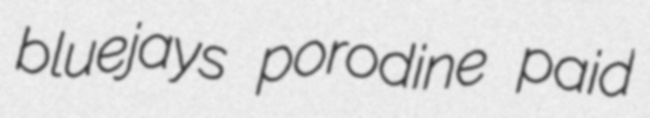
bluejays porodine paid